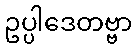
ဥပ္ပါဒေတဗ္ဗာ